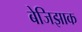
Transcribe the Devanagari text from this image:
बेजिझाक